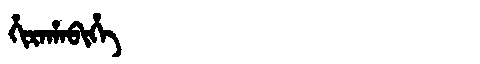
Manchu: ᡥᡳᡵᠠᡥᠠᠪᡳᡥᡝ
Romanization: HIRAHABIHE